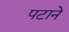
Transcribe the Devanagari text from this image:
पटाने